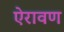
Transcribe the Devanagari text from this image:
ऐरावण